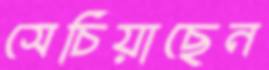
সেচিয়াছেন